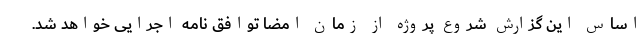
اساس این گزارش شروع پروژه از زمان امضا توافق نامه اجرایی خواهد شد.